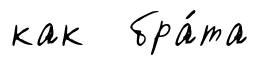
как бра́та